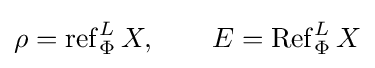
\rho =\operatorname {ref} _{\Phi }^{L}X,\qquad E=\operatorname {Ref} _{\Phi }^{L}X